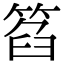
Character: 𥮛